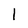
Character: I